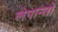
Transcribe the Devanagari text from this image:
लेपान्तो